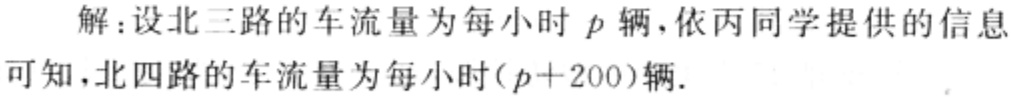
解：设北三路的车流量为每小时\(p\)辆，依丙同学提供的信息可知，北四路的车流量为每小时\((p + 200)\)辆.